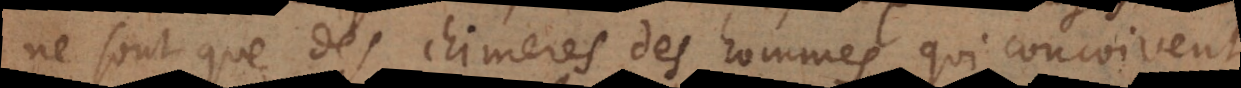
ne sont que des chimeres des hommes, qui conçoivent